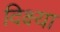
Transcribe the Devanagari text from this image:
दिक्ष्या